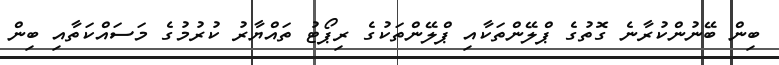
ބިން ބޭނުންކުރާނެ ގޮތުގެ ޕްލޭންތަކާއި ޕްލޭންތަކުގެ ރިޕޯޓު ތައްޔާރު ކުރުމުގެ މަސައްކަތާއި ބިން